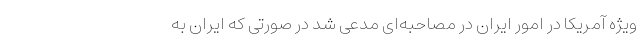
ویژه آمریکا در امور ایران در مصاحبه‌ای مدعی شد در صورتی که ایران به